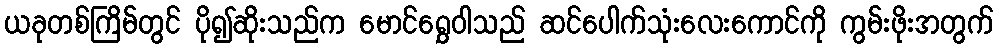
ယခုတစ်ကြိမ်တွင် ပို၍ဆိုးသည်က မောင်ရွှေဝါသည် ဆင်ပေါက်သုံးလေးကောင်ကို ကွမ်းဖိုးအတွက်